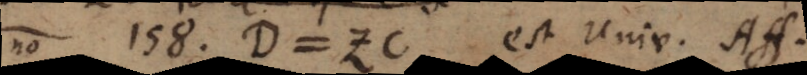
§ 158) D = ZC est Univ. Aff.